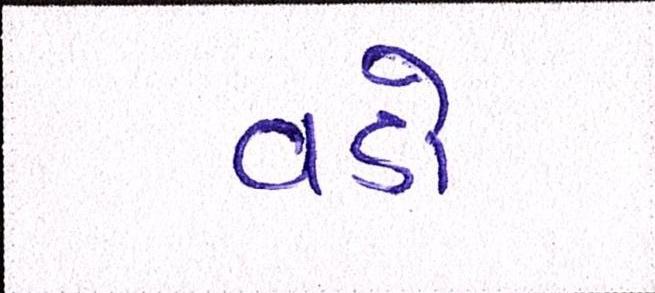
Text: વડો